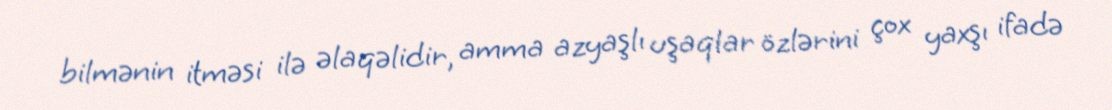
bilmənin itməsi ilə əlaqəlidir, amma azyaşlı uşaqlar özlərini çox yaxşı ifadə